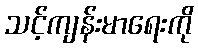
သင့်ကျန်းမာရေးကို